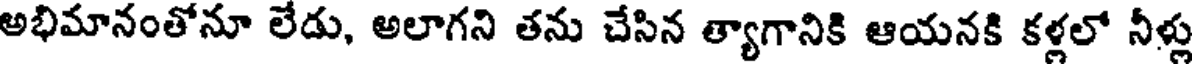
అభిమానంతోనూ లేడు, అలాగని తను చేసిన త్యాగానికి ఆయనకి కళ్లలో నీళ్లు